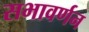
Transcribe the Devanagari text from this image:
सभावर्णन